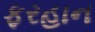
ફરહાન